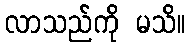
လာသည်ကို မသိ။